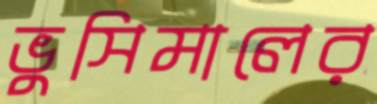
ভুসিমালের